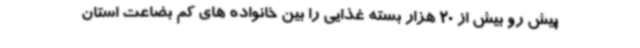
پیش رو بیش از 20 هزار بسته غذایی را بین خانواده های کم بضاعت استان